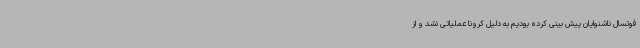
فوتسال ناشنوایان پیش بینی کرده بودیم به دلیل کرونا عملیاتی نشد و از